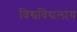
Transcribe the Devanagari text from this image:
विश्वविद्यलाय